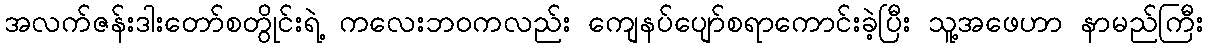
အလက်ဇန်းဒါးတော်စတွိုင်းရဲ့ ကလေးဘဝကလည်း ကျေနပ်ပျော်စရာကောင်းခဲ့ပြီး သူ့အဖေဟာ နာမည်ကြီး